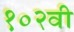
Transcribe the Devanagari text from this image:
१०२वी